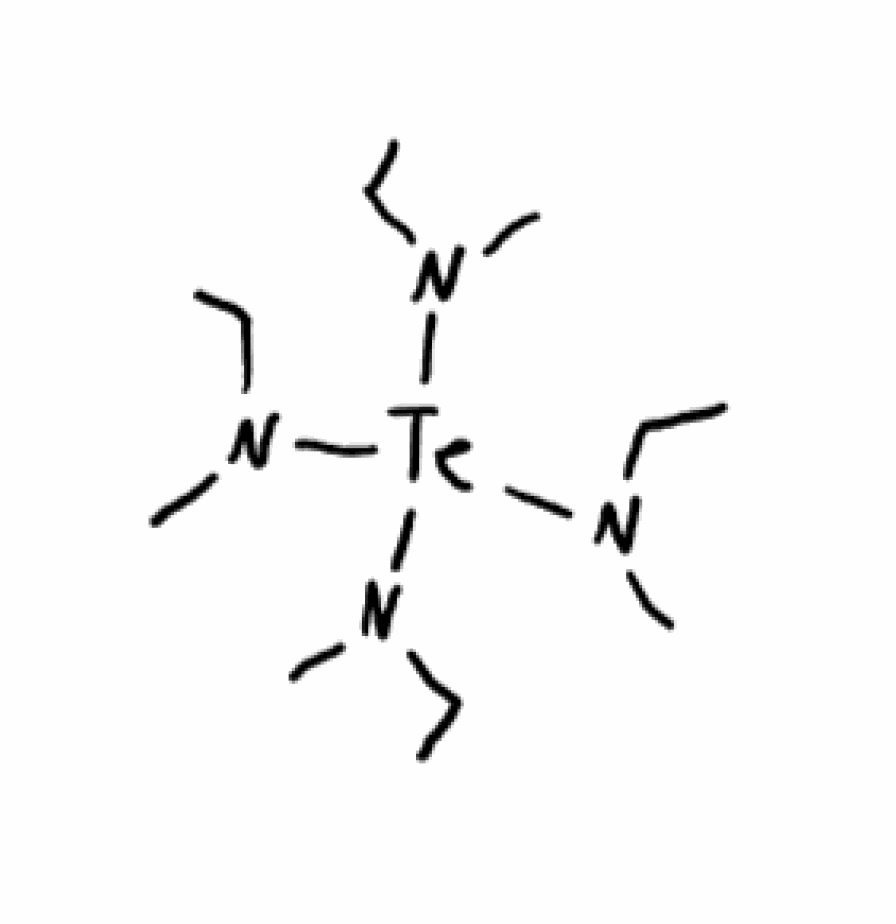
Simplified molecular-input line-entry system (SMILES) notation of the given molecule:
CCN(C)[Te](N(C)CC)(N(C)CC)N(C)CC